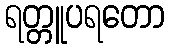
ရတ္တူပရတော